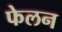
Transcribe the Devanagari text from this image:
फेलन